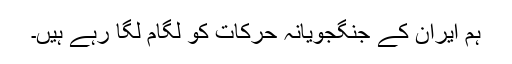
ہم ایران کے جنگجویانہ حرکات کو لگام لگا رہے ہیں۔